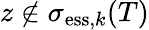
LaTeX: z\not\in\sigma_{\mathrm{ess},k}(T)